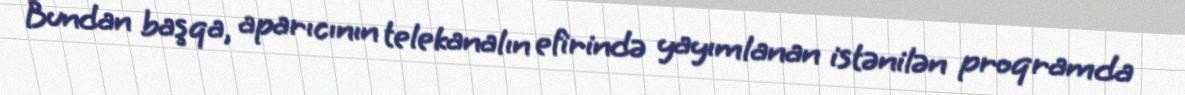
Bundan başqa, aparıcının telekanalın efirində yayımlanan istənilən proqramda